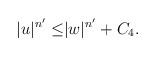
LaTeX: \begin{align*}|u|^{n'}\leq&|w|^{n'}+C_{4}.\end{align*}